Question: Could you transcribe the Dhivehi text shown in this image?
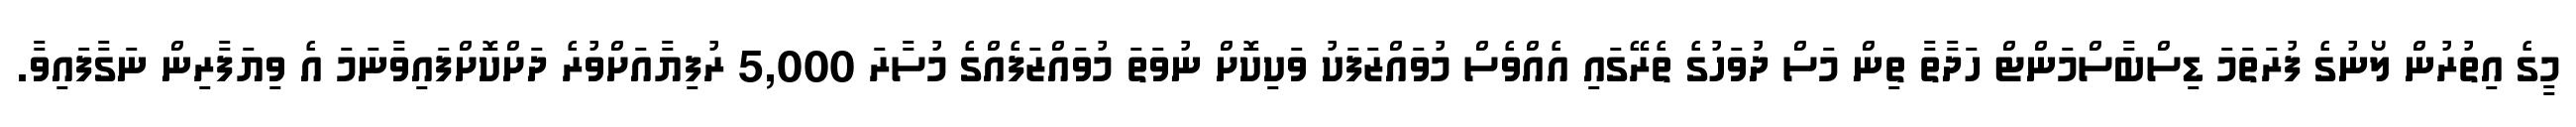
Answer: މީގެ އިތުރުން ލޯނުގެ ފުރަތަމަ ޑިސްބާސްމަންޓް ހަދާތާ ތިން މަސް ދުވަހުގެ ތެރޭގައި އެއްވެސް މުވައްޒަފަކު ވަކިކޮށް ނުވަތަ މުވައްޒަފެއްގެ މުސާރަ 5,000 ރުފިޔާއަށްވުރެ ދަށްކޮށްފައިވާނަމަ އެ ވިޔަފާރިން ނަގާފައިވާ.